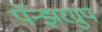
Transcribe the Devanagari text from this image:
पॅन्झरग्रुप